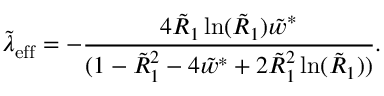
\tilde { \lambda } _ { \mathrm { e f f } } = - \frac { 4 \tilde { R } _ { 1 } \ln ( \tilde { R } _ { 1 } ) \tilde { w } ^ { * } } { ( 1 - \tilde { R } _ { 1 } ^ { 2 } - 4 \tilde { w } ^ { * } + 2 \tilde { R } _ { 1 } ^ { 2 } \ln ( \tilde { R } _ { 1 } ) ) } .